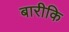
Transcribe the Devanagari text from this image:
बारीकि